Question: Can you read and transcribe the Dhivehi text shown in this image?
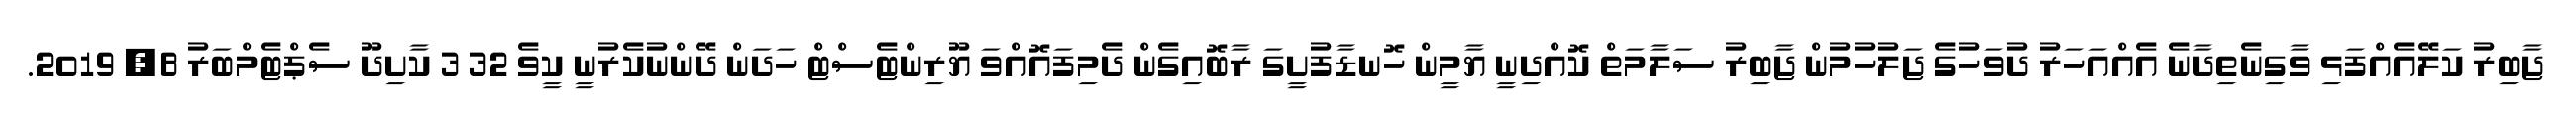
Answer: ޖާބިރު ކަލޭއެއްފަޅި ވާގިނެތިދާނެ އެއްއަހަރު ދުވަހުގެ ޖަލުހުމުން ޖާބިރު ސަލާމަތް ކޮއްދިނީ ޔާމީން ހޮނޑާފުށީގަ ރާބޮއިގެން ދެމިފައޮއްވަ ޔޫރިންޓެސްޓް ހަދަން ދޭންނުކެރުނީ ކީވެ 32 3 ކާށިދޫ ސެޕްޓެމްބަރު 8, 2019.